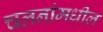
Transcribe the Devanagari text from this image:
चलनांमधील